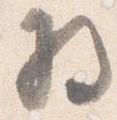
将